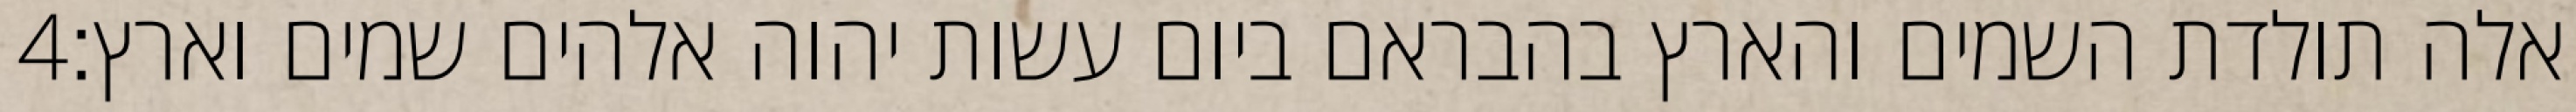
‎4‏ אלה תולדת השמים והארץ בהבראם ביום עשות יהוה אלהים שמים וארץ׃